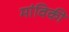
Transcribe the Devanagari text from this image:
मांविकी